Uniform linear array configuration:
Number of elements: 24
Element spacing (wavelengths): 1
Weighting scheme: hann
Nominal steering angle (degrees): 0
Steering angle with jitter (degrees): -1.803
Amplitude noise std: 0.05
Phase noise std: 0.05

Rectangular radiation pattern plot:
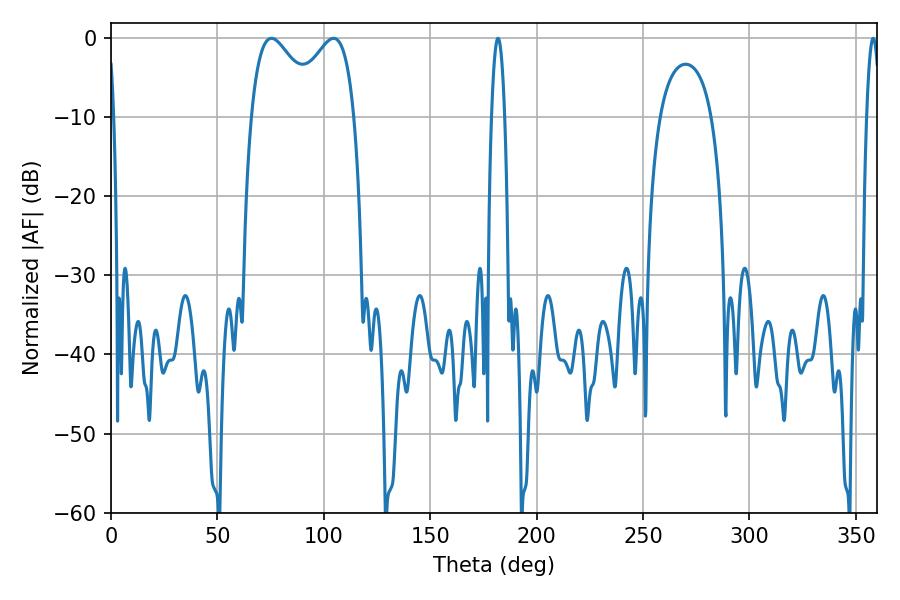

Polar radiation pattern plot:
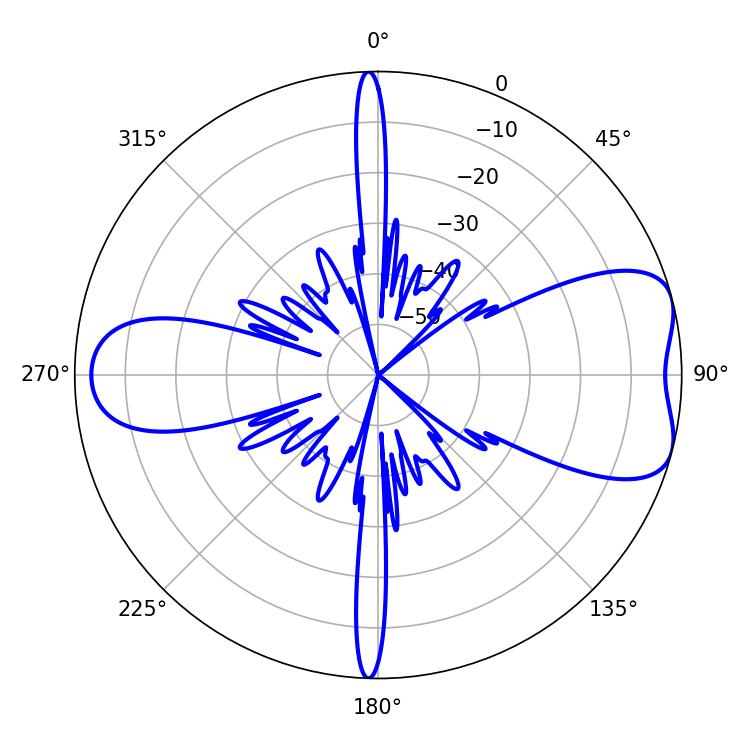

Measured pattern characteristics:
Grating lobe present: TRUE
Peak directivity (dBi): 6.974
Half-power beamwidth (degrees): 17.46
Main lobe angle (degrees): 75.42